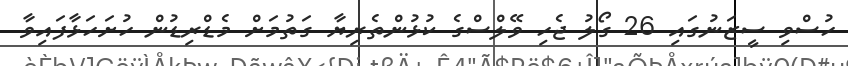
ހުސްވި ސީޒަނުގައި 26 ގޯލު ޖެހި ވޭލްސްގެ ކުޅުންތެރިޔާ ގަތުމަށް މެޑްރިޑުން ހުށަހަޅާފައިވާ